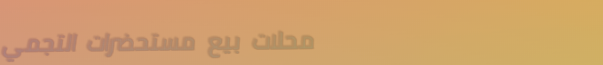
محلات بيع مستحضرات التجمي